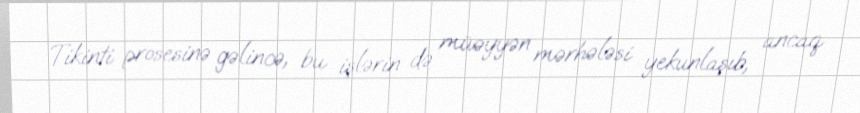
Tikinti prosesinə gəlincə, bu işlərin də müəyyən mərhələsi yekunlaşıb, ancaq